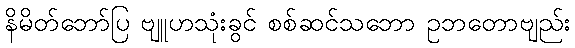
နိမိတ်ဘော်ပြ ဗျူဟသုံးခွင် စစ်ဆင်သဘော ဥဘတောဗျည်း